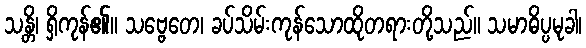
သန္တိ၊ ရှိကုန်၏။ သဗ္ဗေတေ၊ ခပ်သိမ်းကုန်သောထိုတရားတို့သည်။ သမာဓိပ္ပမုခါ၊